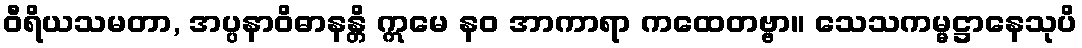
ဝီရိယသမတာ, အပ္ပနာဝိဓာနန္တိ ဣမေ နဝ အာကာရာ ကထေတဗ္ဗာ။ သေသကမ္မဋ္ဌာနေသုပိ